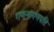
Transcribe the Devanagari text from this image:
गणनांगणपति